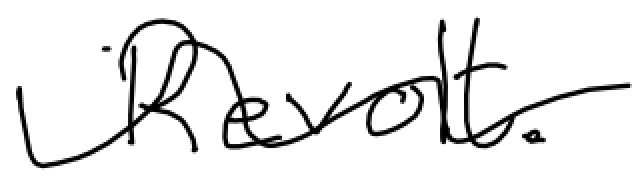
Text: Revolt.
Cross-out: wave
Writing tool: digital_black